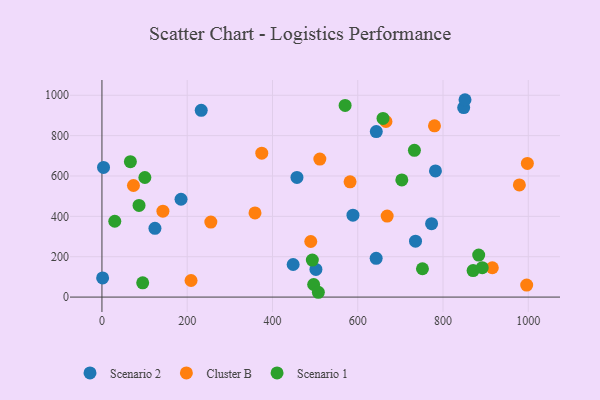
{"axis": {"x": "Price", "y": "Exam Score"}, "legend": ["Cluster B", "Scenario 1", "Scenario 2"], "data": [{"x": "848.5", "y": 938.9, "type": "Scenario 2"}, {"x": "643.2", "y": 192.2, "type": "Scenario 2"}, {"x": "448.5", "y": 161.5, "type": "Scenario 2"}, {"x": "3.7", "y": 642.6, "type": "Scenario 2"}, {"x": "588.8", "y": 405.8, "type": "Scenario 2"}, {"x": "782.3", "y": 624.9, "type": "Scenario 2"}, {"x": "851.6", "y": 977.9, "type": "Scenario 2"}, {"x": "124.3", "y": 340.5, "type": "Scenario 2"}, {"x": "501.9", "y": 136.8, "type": "Scenario 2"}, {"x": "643.5", "y": 820.0, "type": "Scenario 2"}, {"x": "457.4", "y": 592.9, "type": "Scenario 2"}, {"x": "185.5", "y": 484.7, "type": "Scenario 2"}, {"x": "232.9", "y": 925.5, "type": "Scenario 2"}, {"x": "735.5", "y": 277.2, "type": "Scenario 2"}, {"x": "1.6", "y": 94.9, "type": "Scenario 2"}, {"x": "773.2", "y": 363.9, "type": "Scenario 2"}, {"x": "73.9", "y": 552.8, "type": "Cluster B"}, {"x": "780.0", "y": 848.4, "type": "Cluster B"}, {"x": "143.0", "y": 425.5, "type": "Cluster B"}, {"x": "669.0", "y": 401.3, "type": "Cluster B"}, {"x": "374.9", "y": 713.2, "type": "Cluster B"}, {"x": "997.9", "y": 662.5, "type": "Cluster B"}, {"x": "915.7", "y": 145.3, "type": "Cluster B"}, {"x": "996.3", "y": 59.3, "type": "Cluster B"}, {"x": "511.1", "y": 683.8, "type": "Cluster B"}, {"x": "666.2", "y": 870.1, "type": "Cluster B"}, {"x": "582.0", "y": 570.9, "type": "Cluster B"}, {"x": "489.8", "y": 275.3, "type": "Cluster B"}, {"x": "209.0", "y": 82.1, "type": "Cluster B"}, {"x": "979.1", "y": 555.8, "type": "Cluster B"}, {"x": "255.4", "y": 371.7, "type": "Cluster B"}, {"x": "359.0", "y": 417.2, "type": "Cluster B"}, {"x": "883.7", "y": 208.3, "type": "Scenario 1"}, {"x": "870.6", "y": 131.1, "type": "Scenario 1"}, {"x": "87.0", "y": 454.0, "type": "Scenario 1"}, {"x": "892.0", "y": 145.8, "type": "Scenario 1"}, {"x": "732.9", "y": 727.1, "type": "Scenario 1"}, {"x": "496.6", "y": 62.3, "type": "Scenario 1"}, {"x": "30.1", "y": 375.8, "type": "Scenario 1"}, {"x": "100.7", "y": 592.4, "type": "Scenario 1"}, {"x": "493.5", "y": 183.2, "type": "Scenario 1"}, {"x": "95.6", "y": 70.8, "type": "Scenario 1"}, {"x": "570.4", "y": 949.6, "type": "Scenario 1"}, {"x": "703.4", "y": 580.3, "type": "Scenario 1"}, {"x": "659.3", "y": 885.4, "type": "Scenario 1"}, {"x": "751.8", "y": 140.4, "type": "Scenario 1"}, {"x": "507.6", "y": 23.8, "type": "Scenario 1"}, {"x": "66.7", "y": 671.0, "type": "Scenario 1"}]}